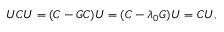
U C U = ( C - G C ) U = ( C - \lambda _ { 0 } G ) U = C U ,